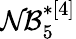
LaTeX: \mathcal{NB}_{5}^{*[4]}